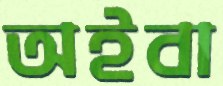
অইবা